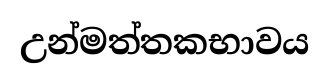
උන්මත්තකභාවය